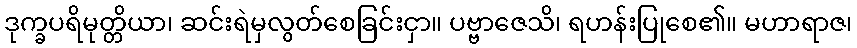
ဒုက္ခပရိမုတ္တိယာ၊ ဆင်းရဲမှလွတ်စေခြင်းငှာ။ ပဗ္ဗာဇေသိ၊ ရဟန်းပြုစေ၏။ မဟာရာဇ၊